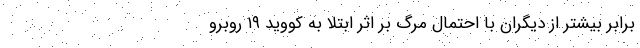
برابر بیشتر از دیگران با احتمال مرگ بر اثر ابتلا به کووید ۱۹ روبرو